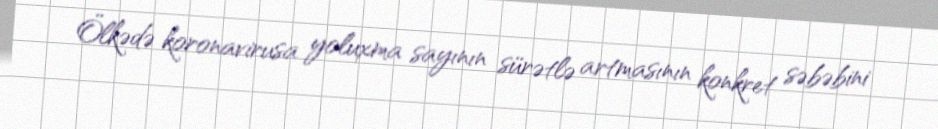
Ölkədə koronavirusa yoluxma sayının sürətlə artmasının konkret səbəbini